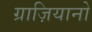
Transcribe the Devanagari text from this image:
ग्राज़ियानो